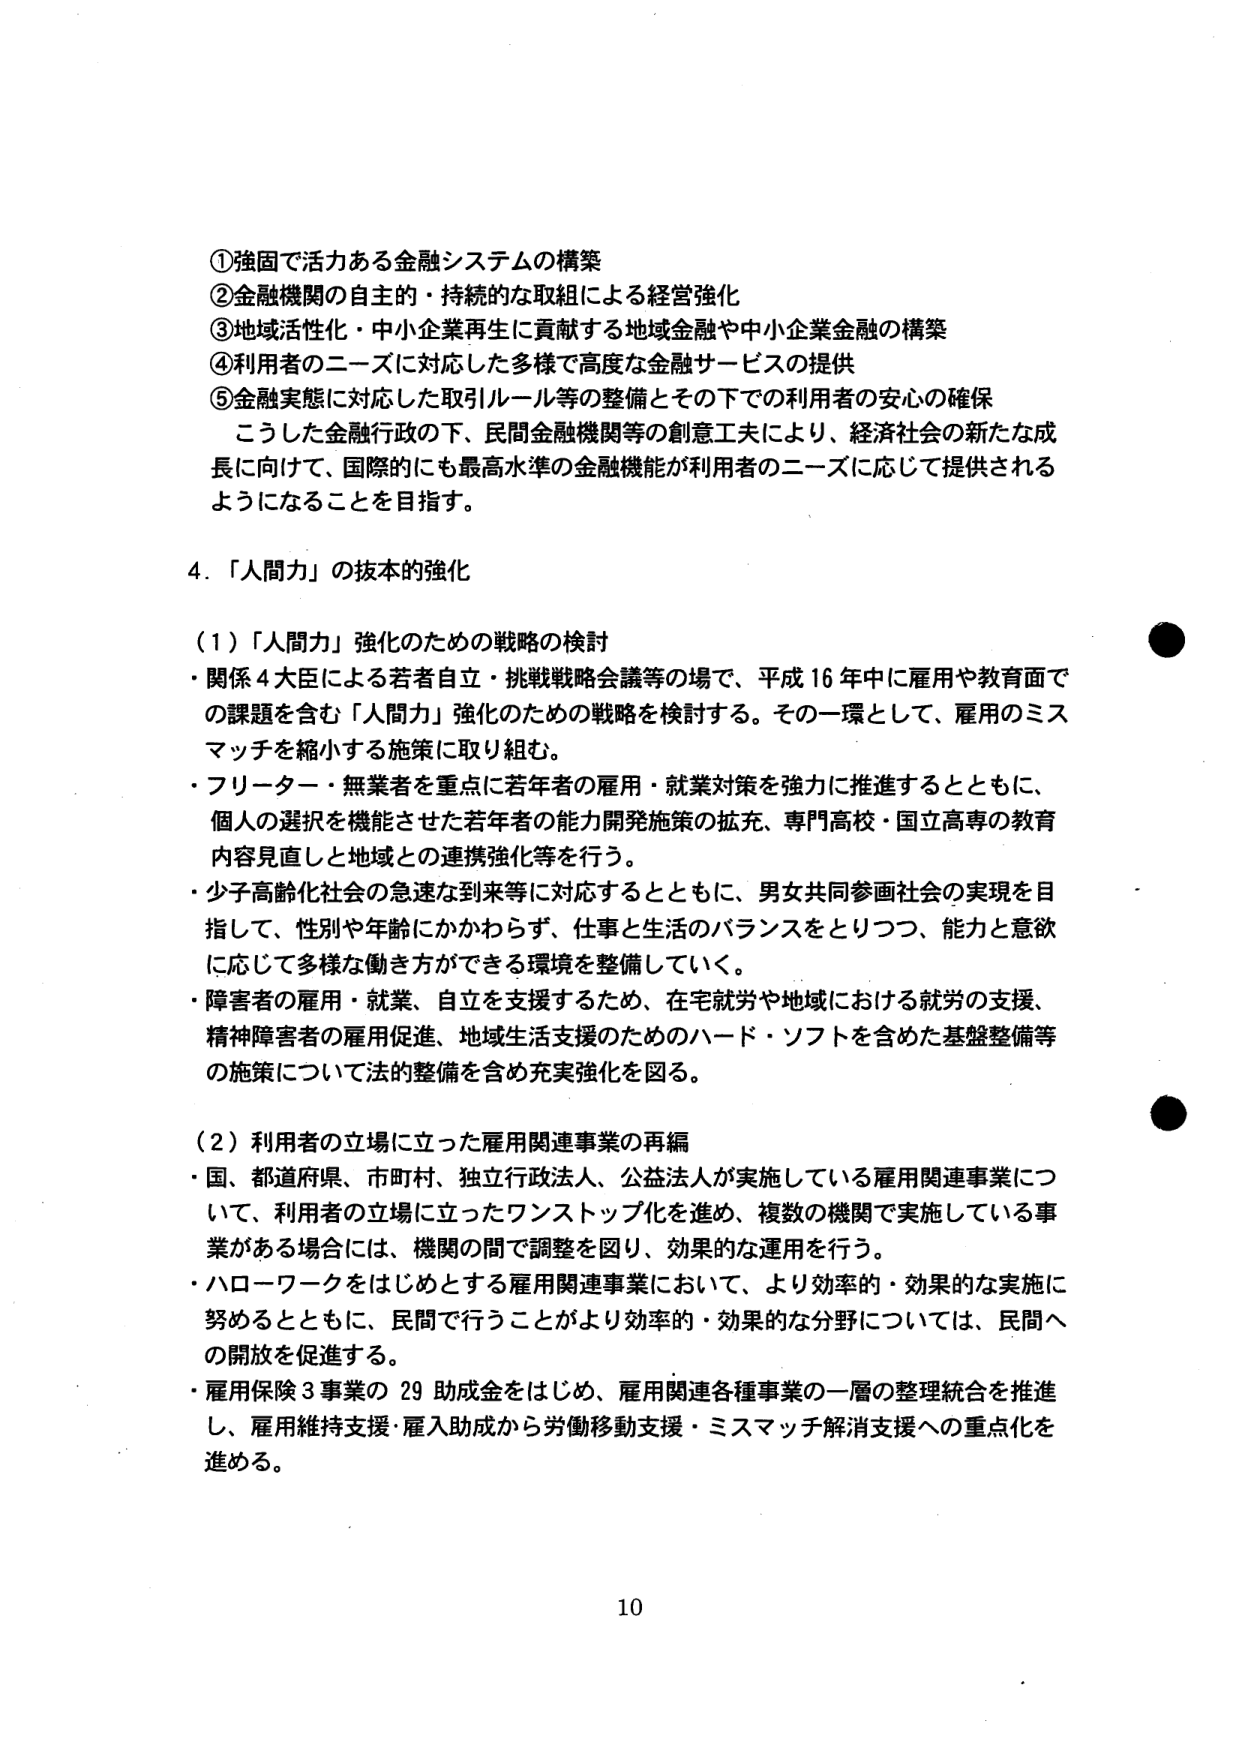
①強固で活力ある金融システムの構築
②金融機関の自主的・持続的な取組による経営強化
③地域活性化・中小企業再生に貢献する地域金融や中小企業金融の構築
④利用者のニーズに対応した多様で高度な金融サービスの提供
⑤金融実態に対応した取引ルール等の整備とその下での利用者の安心の確保
　こうした金融行政の下、民間金融機関等の創意工夫により、経済社会の新たな成長に向けて、国際的にも最高水準の金融機能が利用者のニーズに応じて提供されるようになることを目指す。

4．「人間力」の抜本的強化

（1）「人間力」強化のための戦略の検討
・関係4大臣による若者自立・挑戦戦略会議等の場で、平成16年中に雇用や教育面での課題を含む「人間力」強化のための戦略を検討する。その一環として、雇用のミスマッチを縮小する施策に取り組む。
・フリーター・無業者を重点に若年者の雇用・就業対策を強力に推進するとともに、個人の選択を機能させた若年者の能力開発施策の拡充、専門高校・国立高専の教育内容見直しと地域との連携強化等を行う。
・少子高齢化社会の急速な到来等に対応するとともに、男女共同参画社会の実現を目指して、性別や年齢にかかわらず、仕事と生活のバランスをとりつつ、能力と意欲に応じて多様な働き方ができる環境を整備していく。
・障害者の雇用・就業、自立を支援するため、在宅就労や地域における就労の支援、精神障害者の雇用促進、地域生活支援のためのハード・ソフトを含めた基盤整備等の施策について法的整備を含め充実強化を図る。

（2）利用者の立場に立った雇用関連事業の再編
・国、都道府県、市町村、独立行政法人、公益法人が実施している雇用関連事業について、利用者の立場に立ったワンストップ化を進め、複数の機関で実施している事業がある場合には、機関の間で調整を図り、効果的な運用を行う。
・ハローワークをはじめとする雇用関連事業において、より効率的・効果的な実施に努めるとともに、民間で行うことがより効率的・効果的な分野については、民間への開放を促進する。
・雇用保険3事業の29助成金をはじめ、雇用関連各種事業の一層の整理統合を推進し、雇用維持支援・雇入助成から労働移動支援・ミスマッチ解消支援への重点化を進める。

10